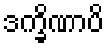
ဒက္ခိဏာပိ